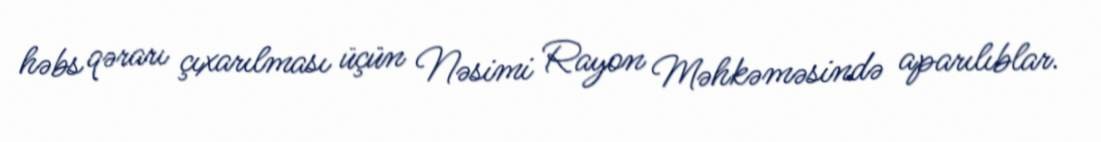
həbs qərarı çıxarılması üçün Nəsimi Rayon Məhkəməsində aparılıblar.